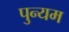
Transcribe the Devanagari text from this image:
पुन्यम